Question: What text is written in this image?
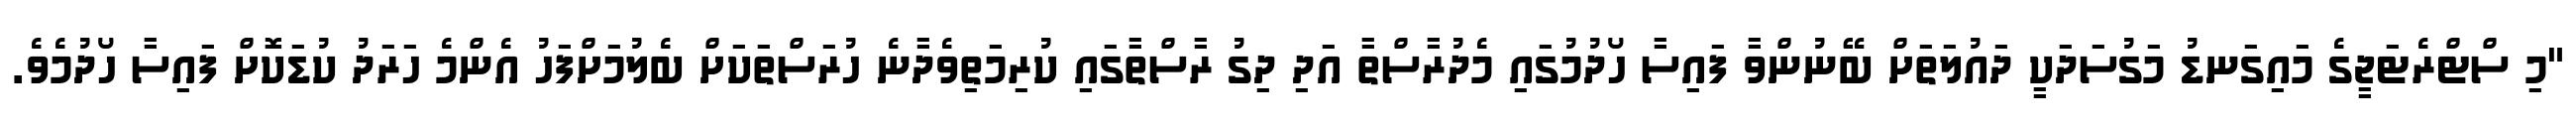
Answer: "މި ސްޓްރެޓަޖީގެ މައިގަނޑު މަގުސަދަކީ ދައުލަތަށް ބޭނުންވާ ފައިސާ ހޯދުމުގައި މެދުރާސްތާ އަދި ދިގު ރާސްތާގައި ކުރިމަތިވެދާނެ ހުރަސްތަކަށް ބެލުމަށްފަހު އެންމެ ހަރަދު ކުޑަކޮށް ފައިސާ ހޯދުމެވެ.